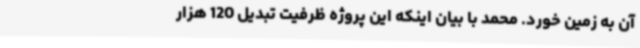
آن به زمین خورد. محمد با بیان اینکه این پروژه ظرفیت تبدیل 120 هزار